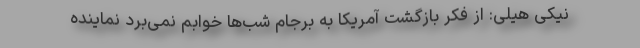
نیکی هیلی: از فکر بازگشت آمریکا به برجام شب‌ها خوابم نمی‌برد نماینده